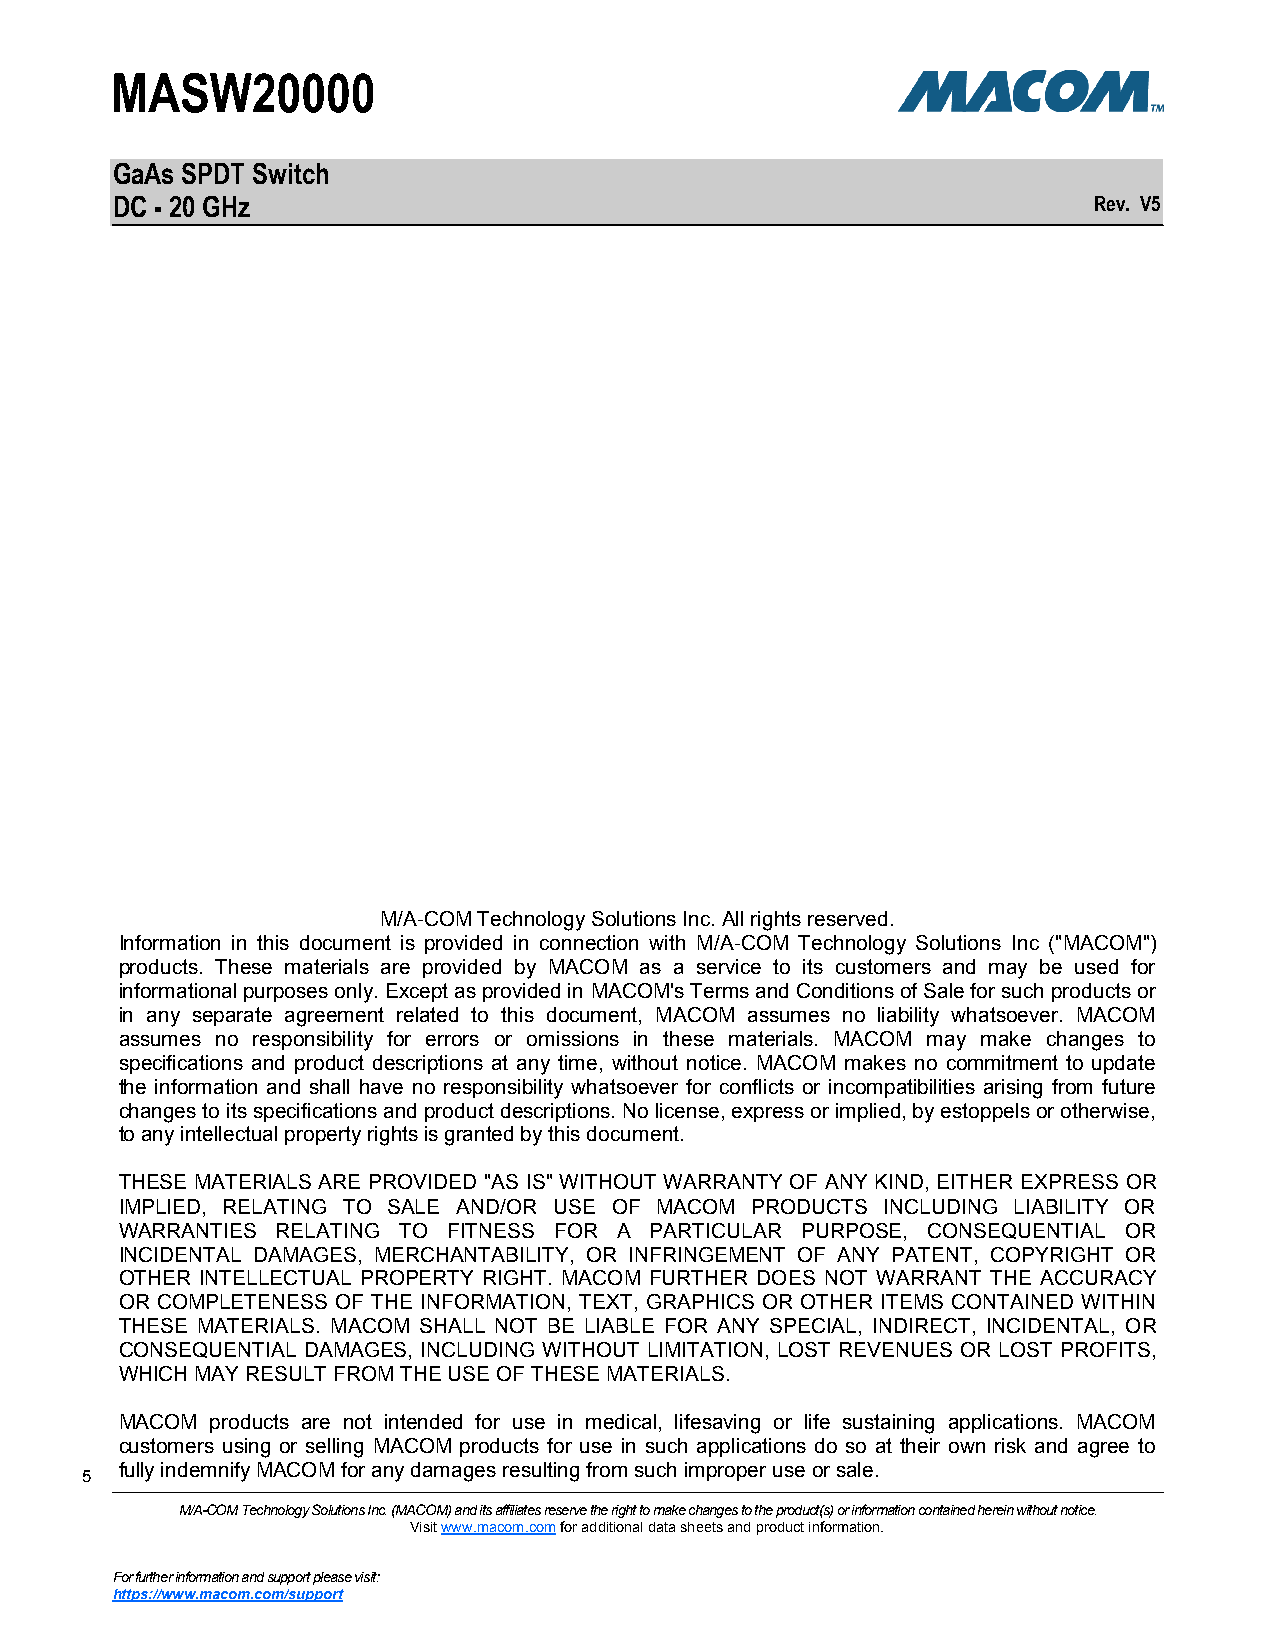
MASW20000
 GaAs SPDT Switch
 DC - 20 GHz                                                      Rev. V5
 M/A-COM Technology Solutions Inc. All rights reserved.
 Information in this document is provided in connection with M/A-COM Technology Solutions Inc ("MACOM")
 products. These materials are provided by MACOM as a service to its customers and may be used for
 informational purposes only. Except as provided in MACOM's Terms and Conditions of Sale for such products or
 in any separate agreement related to this document, MACOM assumes no liability whatsoever. MACOM
 assumes no responsibility for errors or omissions in these materials. MACOM may make changes to
 specifications and product descriptions at any time, without notice. MACOM makes no commitment to update
 the information and shall have no responsibility whatsoever for conflicts or incompatibilities arising from future
 changes to its specifications and product descriptions. No license, express or implied, by estoppels or otherwise,
 to any intellectual property rights is granted by this document.
 THESE MATERIALS ARE PROVIDED "AS IS" WITHOUT WARRANTY OF ANY KIND, EITHER EXPRESS OR
 IMPLIED, RELATING TO SALE AND/OR USE OF MACOM PRODUCTS INCLUDING LIABILITY OR
 WARRANTIES RELATING TO FITNESS FOR A PARTICULAR PURPOSE, CONSEQUENTIAL OR
 INCIDENTAL DAMAGES, MERCHANTABILITY, OR INFRINGEMENT OF ANY PATENT, COPYRIGHT OR
 OTHER INTELLECTUAL PROPERTY RIGHT. MACOM FURTHER DOES NOT WARRANT THE ACCURACY
 OR COMPLETENESS OF THE INFORMATION, TEXT, GRAPHICS OR OTHER ITEMS CONTAINED WITHIN
 THESE MATERIALS. MACOM SHALL NOT BE LIABLE FOR ANY SPECIAL, INDIRECT, INCIDENTAL, OR
 CONSEQUENTIAL DAMAGES, INCLUDING WITHOUT LIMITATION, LOST REVENUES OR LOST PROFITS,
 WHICH MAY RESULT FROM THE USE OF THESE MATERIALS.
 MACOM products are not intended for use in medical, lifesaving or life sustaining applications. MACOM
 customers using or selling MACOM products for use in such applications do so at their own risk and agree to
 fully indemnify MACOM for any damages resulting from such improper use or sale.
 555
 M/A-COM Technology Solutions Inc. (MACOM) and its affiliates reserve the right to make changes to the product(s) or information contained herein without notice.
 Visit www.macom.com for additional data sheets and product information.
 For further information and support please visit:
 https://www.macom.com/support